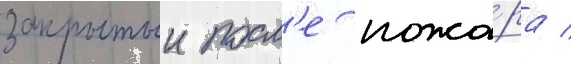
закрытыи посл'е пожа́ра /